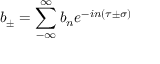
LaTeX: b _ { \pm } = \sum _ { - \infty } ^ { \infty } b _ { n } e ^ { - i n \left( \tau \pm \sigma \right) }